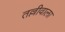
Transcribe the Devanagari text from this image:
तल्लीवाला